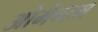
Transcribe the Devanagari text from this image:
ओमेन्टम